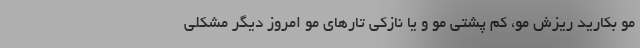
مو بکارید ریزش مو، کم ‌پشتی مو و یا نازکی تارهای مو امروز دیگر مشکلی